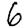
Digit: 6